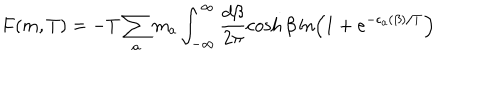
F ( m , T ) = - T \sum _ { a } m _ { a } \int _ { - \infty } ^ { \infty } \frac { d \beta } { 2 \pi } \cosh \beta \ln \left( 1 + e ^ { - \epsilon _ { a } ( \beta ) / T } \right)